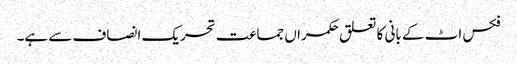
فکس اٹ کے بانی کا تعلق حکمراں جماعت تحریک انصاف سے ہے۔